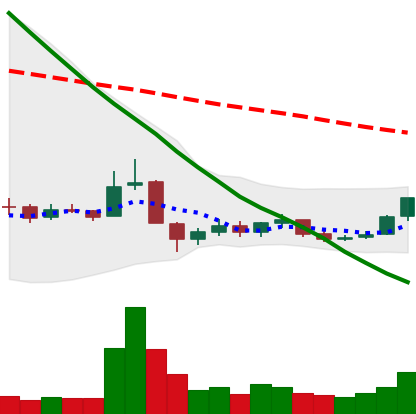
Ticker: BNB-USD
Chart end date: 2018-12-18
Forward return: 8.191%
Label: up_7plus